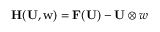
\mathbf { H ( \mathbf { U } , \boldsymbol { w } ) } = \mathbf { F ( \mathbf { U } ) } - \mathbf { U } \otimes \boldsymbol { w }